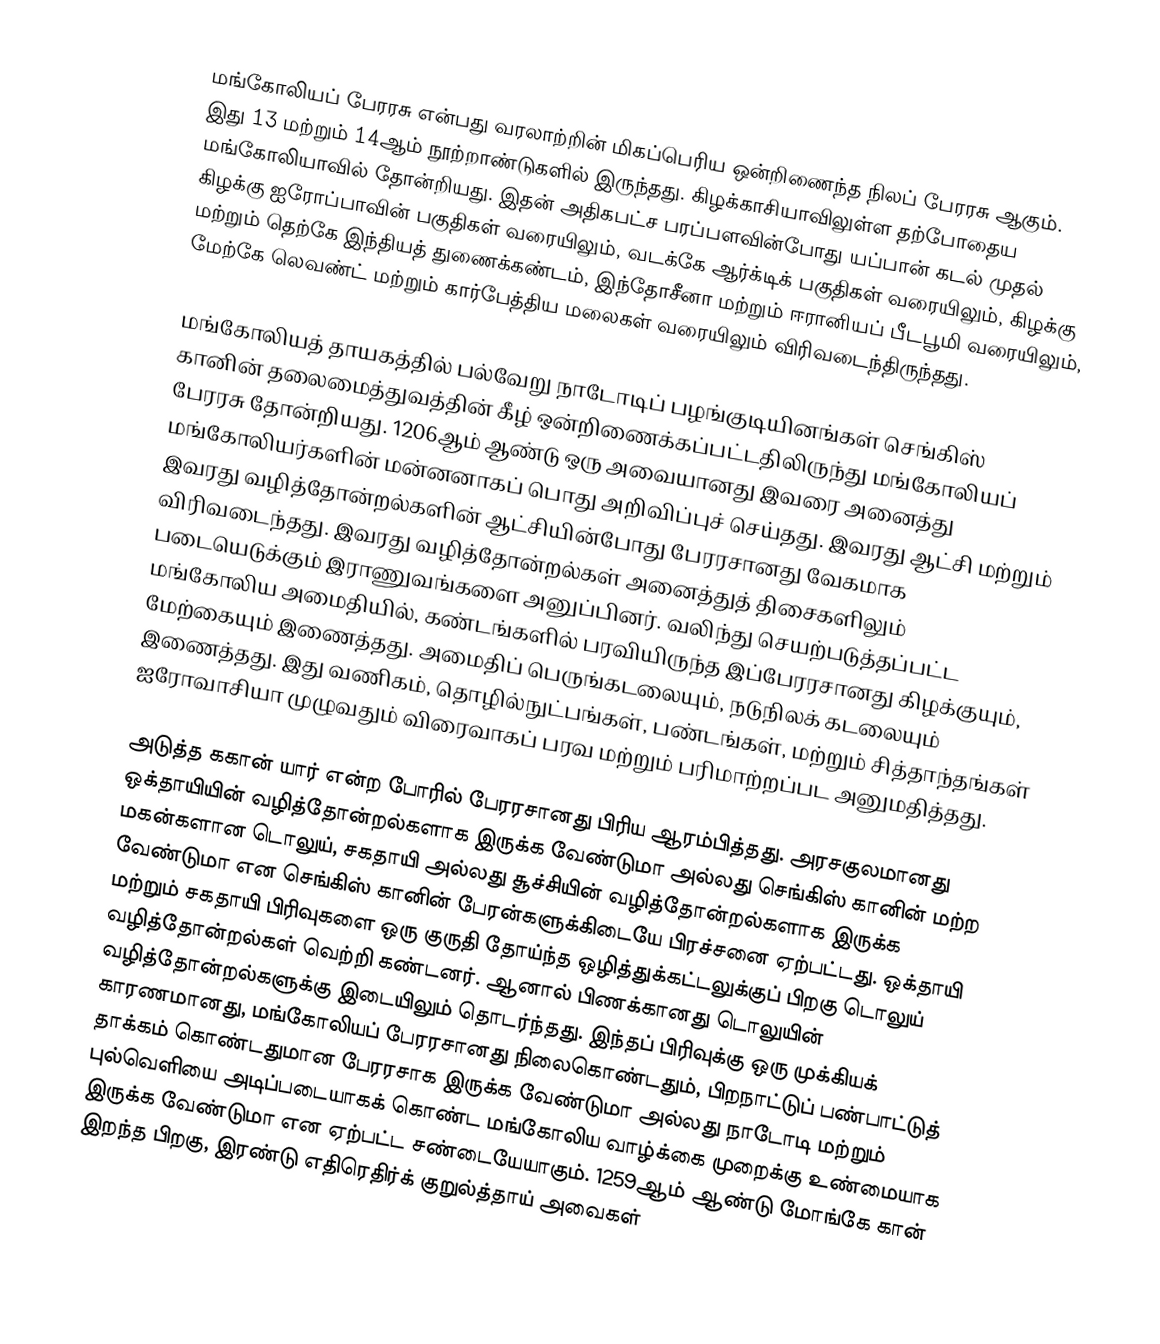
மங்கோலியப் பேரரசு என்பது வரலாற்றின் மிகப்பெரிய ஒன்றிணைந்த நிலப் பேரரசு ஆகும். இது 13 மற்றும் 14ஆம் நூற்றாண்டுகளில் இருந்தது. கிழக்காசியாவிலுள்ள தற்போதைய மங்கோலியாவில் தோன்றியது. இதன் அதிகபட்ச பரப்பளவின்போது யப்பான் கடல் முதல் கிழக்கு ஐரோப்பாவின் பகுதிகள் வரையிலும், வடக்கே ஆர்க்டிக் பகுதிகள் வரையிலும், கிழக்கு மற்றும் தெற்கே இந்தியத் துணைக்கண்டம், இந்தோசீனா மற்றும் ஈரானியப் பீடபூமி வரையிலும், மேற்கே லெவண்ட் மற்றும் கார்பேத்திய மலைகள் வரையிலும் விரிவடைந்திருந்தது.

மங்கோலியத் தாயகத்தில் பல்வேறு நாடோடிப் பழங்குடியினங்கள் செங்கிஸ் கானின் தலைமைத்துவத்தின் கீழ் ஒன்றிணைக்கப்பட்டதிலிருந்து மங்கோலியப் பேரரசு தோன்றியது. 1206ஆம் ஆண்டு ஒரு அவையானது இவரை அனைத்து மங்கோலியர்களின் மன்னனாகப் பொது அறிவிப்புச் செய்தது. இவரது ஆட்சி மற்றும் இவரது வழித்தோன்றல்களின் ஆட்சியின்போது பேரரசானது வேகமாக விரிவடைந்தது. இவரது வழித்தோன்றல்கள் அனைத்துத் திசைகளிலும் படையெடுக்கும் இராணுவங்களை அனுப்பினர். வலிந்து செயற்படுத்தப்பட்ட மங்கோலிய அமைதியில், கண்டங்களில் பரவியிருந்த இப்பேரரசானது கிழக்குயும், மேற்கையும் இணைத்தது. அமைதிப் பெருங்கடலையும், நடுநிலக் கடலையும் இணைத்தது. இது வணிகம், தொழில்நுட்பங்கள், பண்டங்கள், மற்றும் சித்தாந்தங்கள் ஐரோவாசியா முழுவதும் விரைவாகப் பரவ மற்றும் பரிமாற்றப்பட அனுமதித்தது.

அடுத்த ககான் யார் என்ற போரில் பேரரசானது பிரிய ஆரம்பித்தது. அரசகுலமானது ஒக்தாயியின் வழித்தோன்றல்களாக இருக்க வேண்டுமா அல்லது செங்கிஸ் கானின் மற்ற மகன்களான டொலுய், சகதாயி அல்லது சூச்சியின் வழித்தோன்றல்களாக இருக்க வேண்டுமா என செங்கிஸ் கானின் பேரன்களுக்கிடையே பிரச்சனை ஏற்பட்டது. ஒக்தாயி மற்றும் சகதாயி பிரிவுகளை ஒரு குருதி தோய்ந்த ஒழித்துக்கட்டலுக்குப் பிறகு டொலுய் வழித்தோன்றல்கள் வெற்றி கண்டனர். ஆனால் பிணக்கானது டொலுயின் வழித்தோன்றல்களுக்கு இடையிலும் தொடர்ந்தது. இந்தப் பிரிவுக்கு ஒரு முக்கியக் காரணமானது, மங்கோலியப் பேரரசானது நிலைகொண்டதும், பிறநாட்டுப் பண்பாட்டுத் தாக்கம் கொண்டதுமான பேரரசாக இருக்க வேண்டுமா அல்லது நாடோடி மற்றும் புல்வெளியை அடிப்படையாகக் கொண்ட மங்கோலிய வாழ்க்கை முறைக்கு உண்மையாக இருக்க வேண்டுமா என ஏற்பட்ட சண்டையேயாகும். 1259ஆம் ஆண்டு மோங்கே கான் இறந்த பிறகு, இரண்டு எதிரெதிர்க் குறுல்த்தாய் அவைகள்